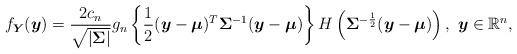
LaTeX: \begin{align*}f_{\boldsymbol{Y}}(\boldsymbol{y})=\frac{2c_{n}}{\sqrt{|\boldsymbol{\Sigma}|}}g_{n}\left\{\frac{1}{2}(\boldsymbol{y}-\boldsymbol{\mu})^{T}\mathbf{\Sigma}^{-1}(\boldsymbol{y}-\boldsymbol{\mu})\right\}H\left(\mathbf{\Sigma}^{-\frac{1}{2}}(\boldsymbol{y}-\boldsymbol{\mu})\right),~\boldsymbol{y}\in\mathbb{R}^{n},\end{align*}